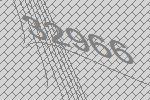
32966